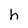
Character: h